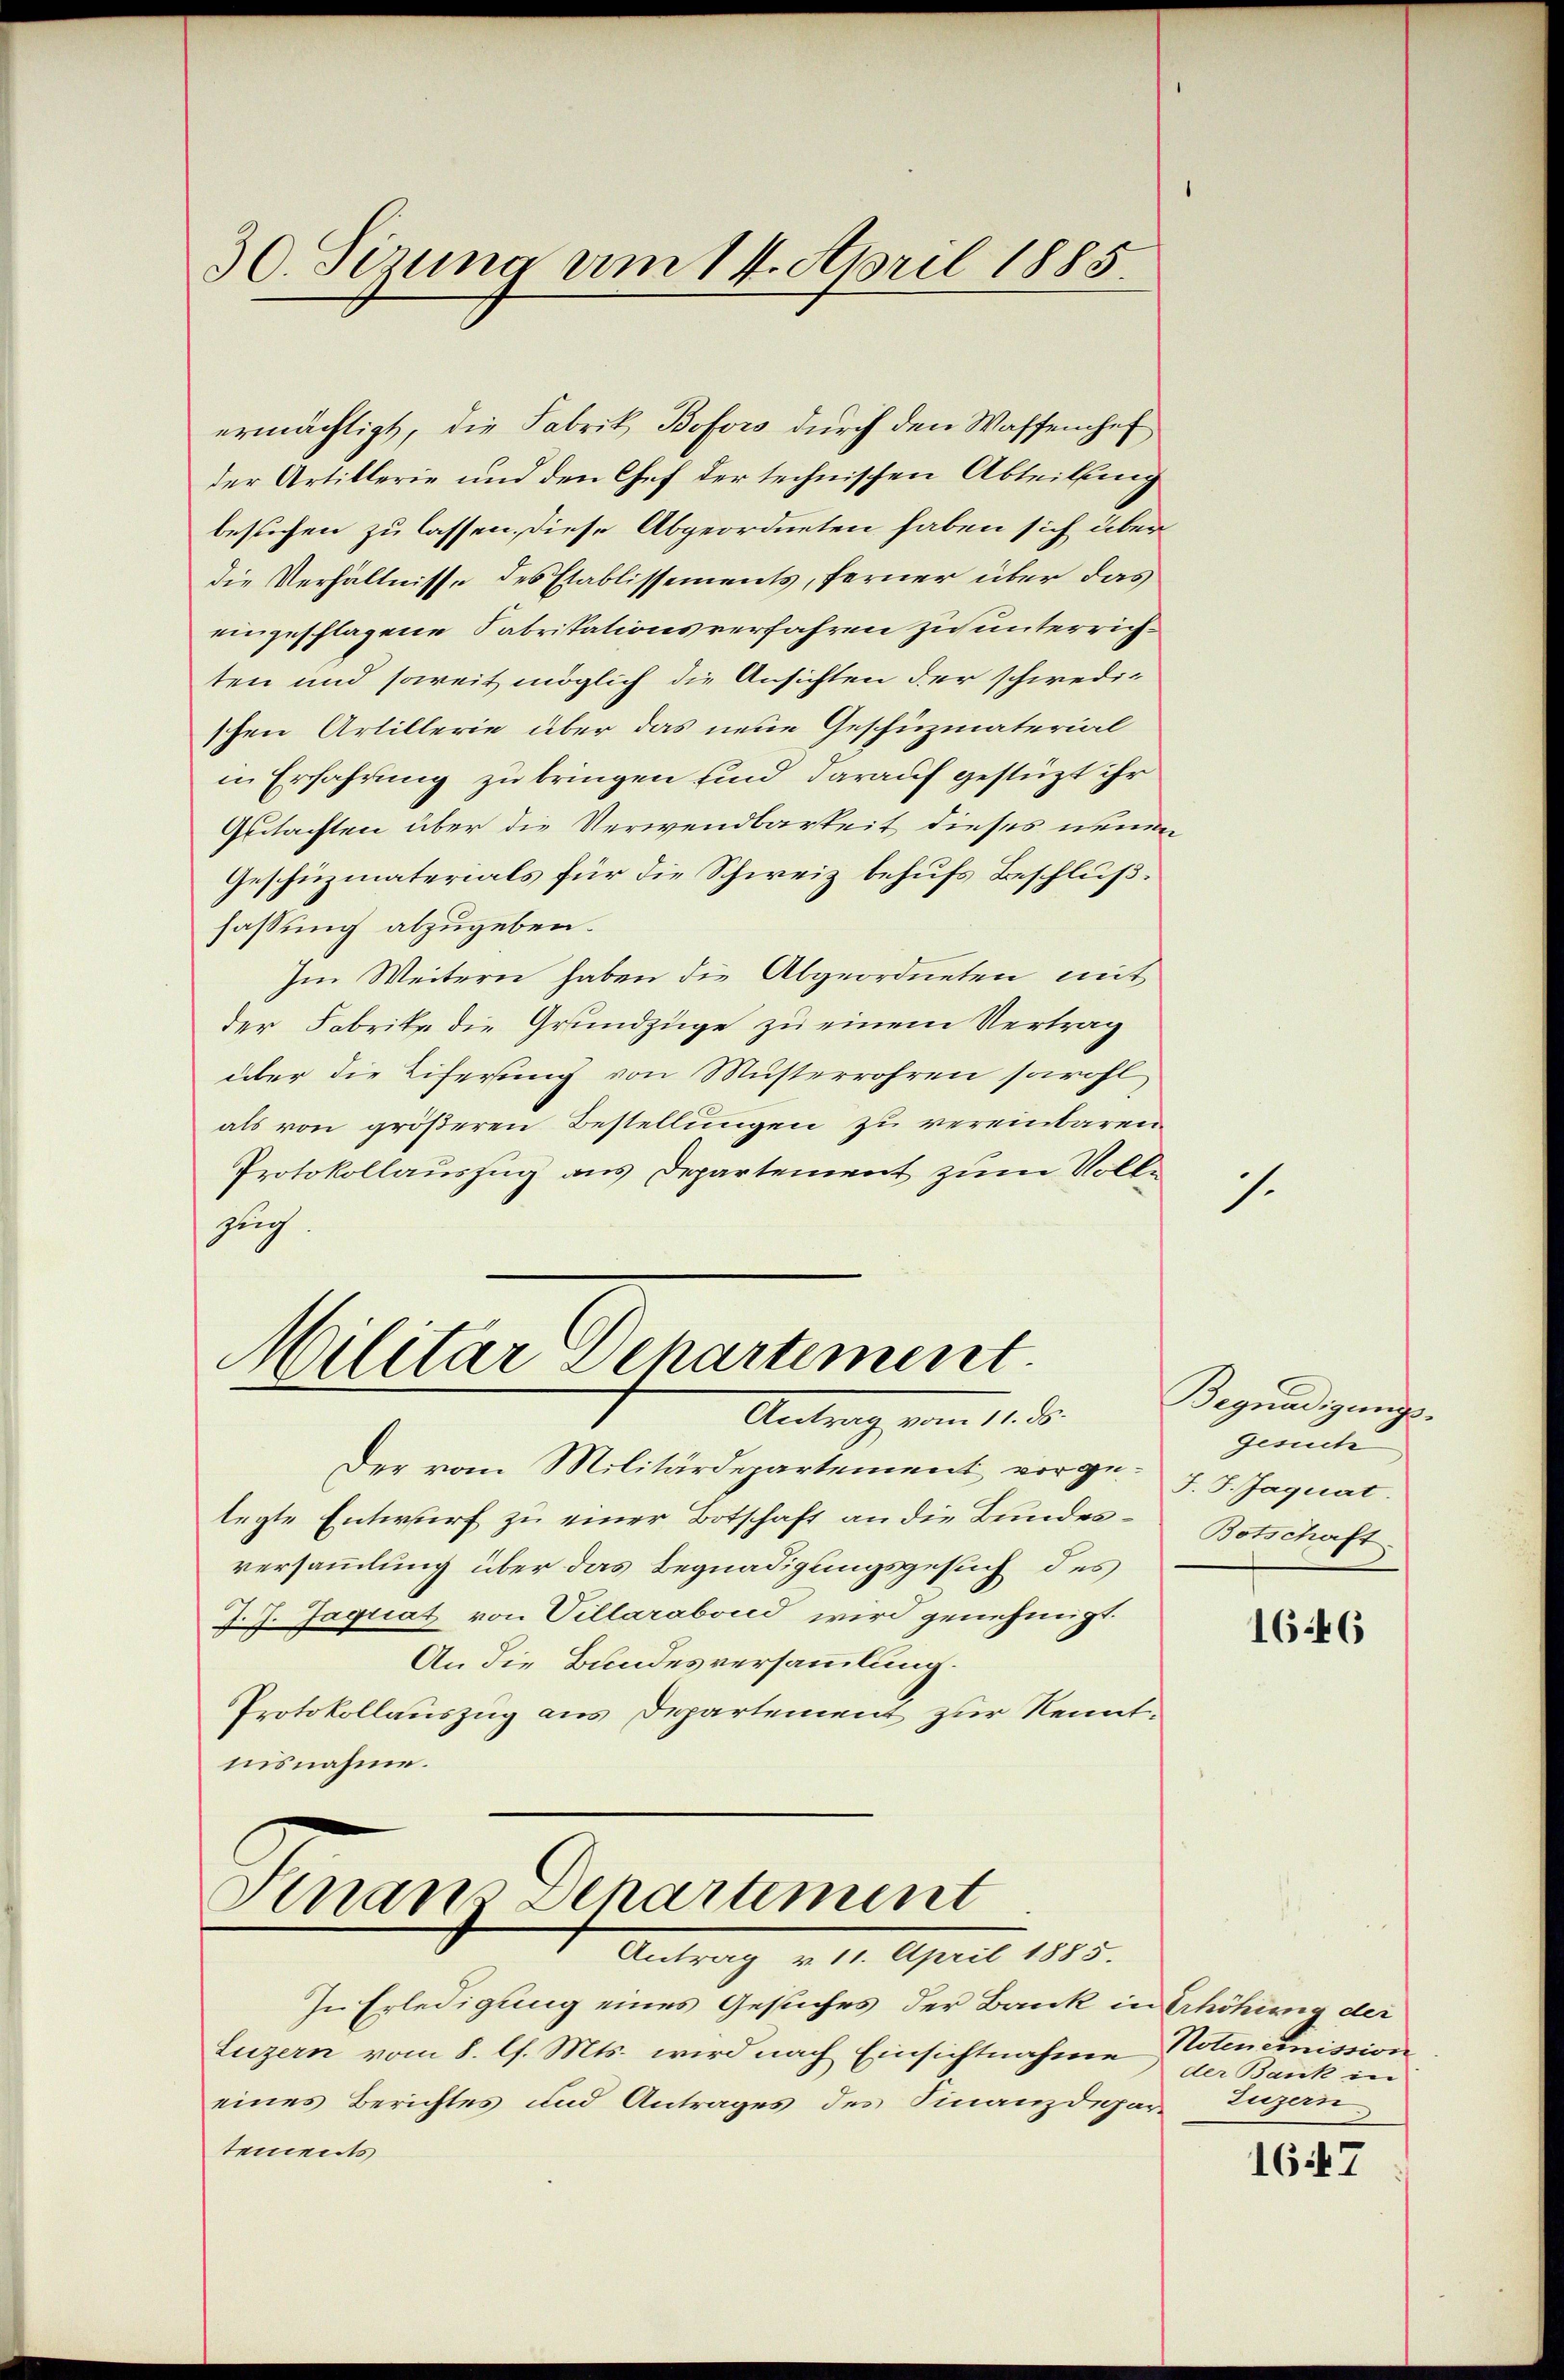
30. Sizung am 14. April 1885.

ermächtigt, die Fabrik Bofors durch den Waffenhef
der Artillerie und den Chef der technischen Abteilung
besuchen zu lassen, diese Abgeordneten haben sich über
die Verhältnisse des Etablissements, ferner über das
eingeschlagene Fabritationsverfahren zu unterrichten und soweit möglich die Ansichten der schwedischen Artillerie über das neue Geschüzmaterial
in Erfahrung zu bringen sind darauf gestüzt ihr
Gutachten über die Verwendbarkeit dieses neuen
Geschüzmaterials für die Schweiz behufs Beschluß.
fassung abzugeben.
Im Weitern haben die Abgeordneten mit
der Fabrite die Grundzüge zu einem Vertrag
über die Eiferung von Musterrohren sowohl
als von größeren Bestellungen zu vereinbaren.
Protokollauszug aus Departement zum Volle
such.

Militar Departement
Antrag vom 14. d.

Der vom Militärdepartement vorgelegte Entwurf zu einer Botschaft an die Bundesversammlung über das Begnadigungsgesuch des
J. J. Jaquat von Villarabond wird genehmigt.
An die Bundesversammlung.
Protokollauszug aus Departement zur Kenntnisnahme.

Finan Departement
Antrag v. 14. April 1885.

In Erledigung eines Gesuches der Bank in Erhöhung der
Luzern vom 8. l. Mts. wird nach Einsichtnahme Notenemnission
eines Berichtes und Antrages des Finanzdeparantements

1.

Begnadigungs-
Gesuch
F. J. Jaquat.
Botschaft

1646

der Bank in

1647